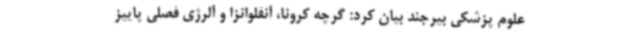
علوم پزشکی بیرجند بیان کرد: گرچه کرونا، آنفلوانزا و آلرژی فصلی پاییز